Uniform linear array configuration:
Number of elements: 4
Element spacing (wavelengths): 0.75
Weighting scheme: blackman
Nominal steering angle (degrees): -15
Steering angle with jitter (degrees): -14.068
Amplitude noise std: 0.05
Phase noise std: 0.05

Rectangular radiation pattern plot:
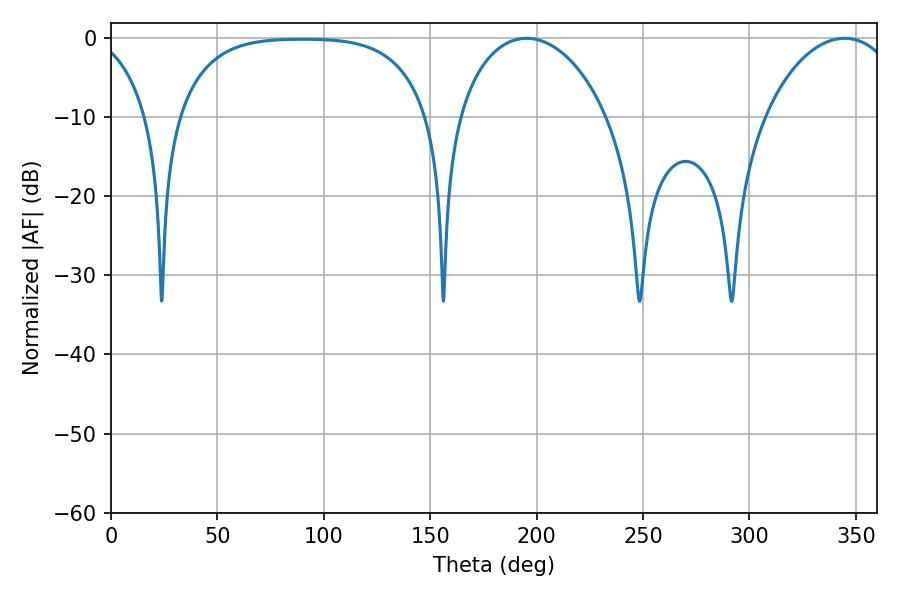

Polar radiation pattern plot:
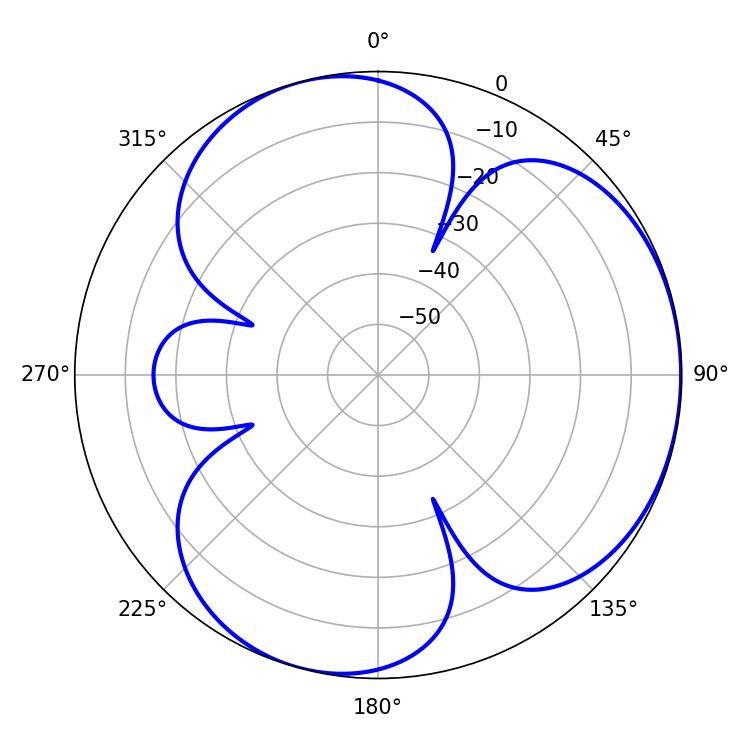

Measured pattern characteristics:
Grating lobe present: TRUE
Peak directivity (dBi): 3.787
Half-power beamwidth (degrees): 40.5
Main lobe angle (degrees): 195.3